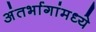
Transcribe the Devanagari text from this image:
अंतर्भागांमध्ये